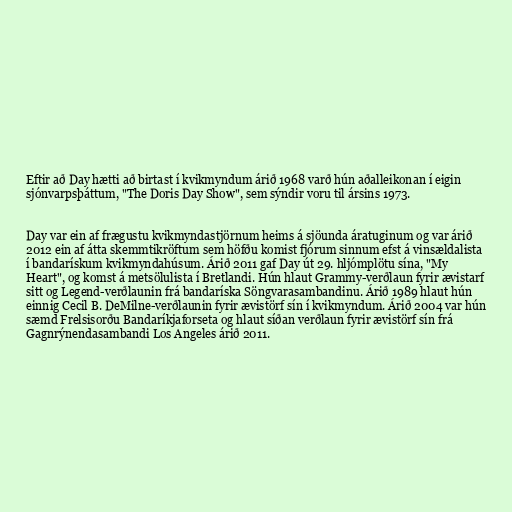
Eftir að Day hætti að birtast í kvikmyndum árið 1968 varð hún aðalleikonan í eigin
sjónvarpsþáttum, "The Doris Day Show", sem sýndir voru til ársins 1973.

Day var ein af frægustu kvikmyndastjörnum heims á sjöunda áratuginum og var árið
2012 ein af átta skemmtikröftum sem höfðu komist fjórum sinnum efst á vinsældalista
í bandarískum kvikmyndahúsum. Árið 2011 gaf Day út 29. hljómplötu sína, "My
Heart", og komst á metsölulista í Bretlandi. Hún hlaut Grammy-verðlaun fyrir ævistarf
sitt og Legend-verðlaunin frá bandaríska Söngvarasambandinu. Árið 1989 hlaut hún
einnig Cecil B. DeMilne-verðlaunin fyrir ævistörf sín í kvikmyndum. Árið 2004 var hún
sæmd Frelsisorðu Bandaríkjaforseta og hlaut síðan verðlaun fyrir ævistörf sín frá
Gagnrýnendasambandi Los Angeles árið 2011.